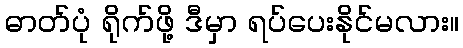
ဓာတ်ပုံ ရိုက်ဖို့ ဒီမှာ ရပ်ပေးနိုင်မလား။